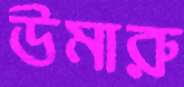
উমারু